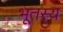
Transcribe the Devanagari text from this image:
भूतस्य